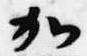
加